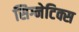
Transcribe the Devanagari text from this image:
सिग्नेटिक्स